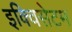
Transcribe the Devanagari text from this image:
इक्विसेटम